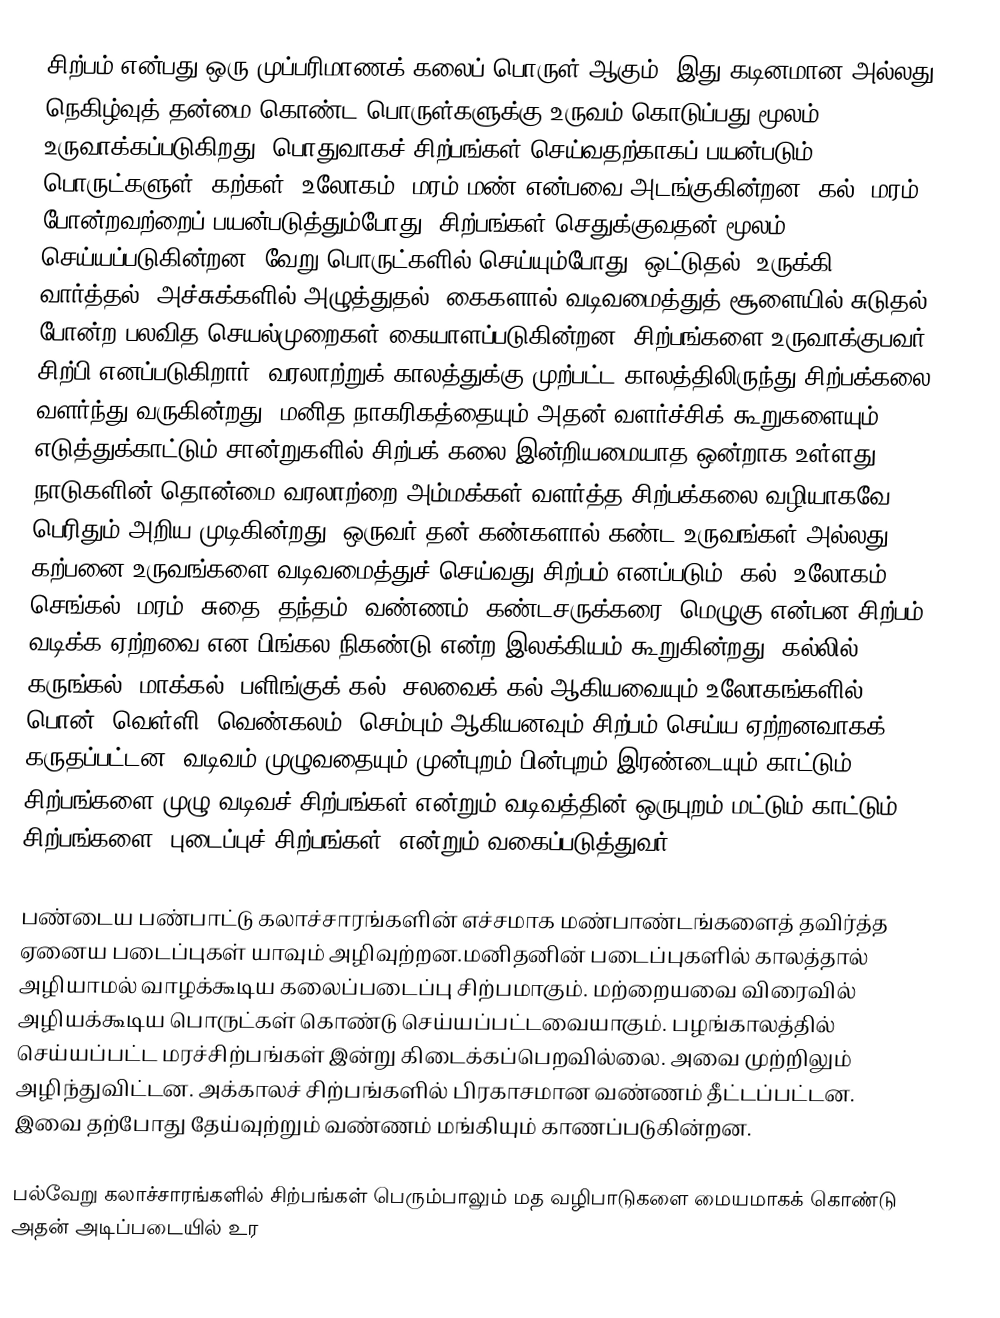
சிற்பம் என்பது ஒரு முப்பரிமாணக் கலைப் பொருள் ஆகும். இது கடினமான அல்லது நெகிழ்வுத் தன்மை கொண்ட பொருள்களுக்கு உருவம் கொடுப்பது மூலம் உருவாக்கப்படுகிறது. பொதுவாகச் சிற்பங்கள் செய்வதற்காகப் பயன்படும் பொருட்களுள், கற்கள், உலோகம், மரம் மண் என்பவை அடங்குகின்றன. கல், மரம் போன்றவற்றைப் பயன்படுத்தும்போது, சிற்பங்கள் செதுக்குவதன் மூலம் செய்யப்படுகின்றன. வேறு பொருட்களில் செய்யும்போது, ஒட்டுதல், உருக்கி வார்த்தல், அச்சுக்களில் அழுத்துதல், கைகளால் வடிவமைத்துத் சூளையில் சுடுதல் போன்ற பலவித செயல்முறைகள் கையாளப்படுகின்றன. சிற்பங்களை உருவாக்குபவர் சிற்பி எனப்படுகிறார். வரலாற்றுக் காலத்துக்கு முற்பட்ட காலத்திலிருந்து சிற்பக்கலை வளர்ந்து வருகின்றது. மனித நாகரிகத்தையும் அதன் வளர்ச்சிக் கூறுகளையும் எடுத்துக்காட்டும் சான்றுகளில் சிற்பக் கலை இன்றியமையாத ஒன்றாக உள்ளது. நாடுகளின் தொன்மை வரலாற்றை அம்மக்கள் வளர்த்த சிற்பக்கலை வழியாகவே பெரிதும் அறிய முடிகின்றது. ஒருவர் தன் கண்களால் கண்ட உருவங்கள் அல்லது கற்பனை உருவங்களை வடிவமைத்துச் செய்வது சிற்பம் எனப்படும். கல், உலோகம், செங்கல், மரம், சுதை, தந்தம், வண்ணம், கண்டசருக்கரை, மெழுகு என்பன சிற்பம் வடிக்க ஏற்றவை என பிங்கல நிகண்டு என்ற இலக்கியம் கூறுகின்றது.  கல்லில், கருங்கல், மாக்கல், பளிங்குக் கல், சலவைக் கல் ஆகியவையும் உலோகங்களில் பொன், வெள்ளி, வெண்கலம், செம்பும் ஆகியனவும் சிற்பம் செய்ய ஏற்றனவாகக் கருதப்பட்டன. வடிவம் முழுவதையும் முன்புறம் பின்புறம் இரண்டையும் காட்டும் சிற்பங்களை முழு வடிவச் சிற்பங்கள் என்றும் வடிவத்தின் ஒருபுறம் மட்டும் காட்டும் சிற்பங்களை ‘புடைப்புச் சிற்பங்கள்’ என்றும் வகைப்படுத்துவர்.

பண்டைய பண்பாட்டு கலாச்சாரங்களின் எச்சமாக மண்பாண்டங்களைத் தவிர்த்த ஏனைய படைப்புகள் யாவும் அழிவுற்றன.மனிதனின் படைப்புகளில் காலத்தால் அழியாமல் வாழக்கூடிய கலைப்படைப்பு சிற்பமாகும். மற்றையவை விரைவில் அழியக்கூடிய பொருட்கள் கொண்டு செய்யப்பட்டவையாகும். பழங்காலத்தில் செய்யப்பட்ட மரச்சிற்பங்கள் இன்று கிடைக்கப்பெறவில்லை. அவை முற்றிலும் அழிந்துவிட்டன. அக்காலச் சிற்பங்களில் பிரகாசமான வண்ணம் தீட்டப்பட்டன. இவை தற்போது தேய்வுற்றும் வண்ணம் மங்கியும் காணப்படுகின்றன.

பல்வேறு கலாச்சாரங்களில் சிற்பங்கள் பெரும்பாலும் மத வழிபாடுகளை மையமாகக் கொண்டு அதன் அடிப்படையில் உர